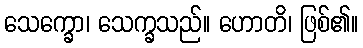
သေက္ခော၊ သေက္ခသည်။ ဟောတိ၊ ဖြစ်၏။